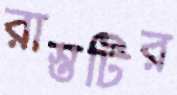
রাস্তটির